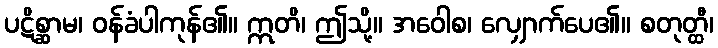
ပဋိစ္ဆာမ၊ ဝန်ခံပါကုန်၏။ ဣတိ၊ ဤသို့။ အဝေါစ၊ လျှောက်ပေ၏။ စတုတ္ထီ၊